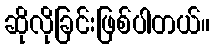
ဆိုလိုခြင်းဖြစ်ပါတယ်။